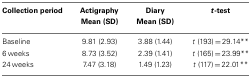
<table><thead><tr><td><b>Collection period</b></td><td><b>Actigraphy</b></td><td><b>Diary</b></td><td><b><i>t</i>-test</b></td></tr><tr><td></td><td><b>Mean (SD)</b></td><td><b>Mean (SD)</b></td><td></td></tr></thead><tbody><tr><td>Baseline</td><td>9.81 (2.93)</td><td>3.88 (1.44)</td><td><i>t</i> (193) = 29.14**</td></tr><tr><td>6 weeks</td><td>8.73 (3.52)</td><td>2.39 (1.41)</td><td><i>t</i> (165) = 23.99**</td></tr><tr><td>24 weeks</td><td>7.47 (3.18)</td><td>1.49 (1.23)</td><td><i>t</i> (117) = 22.01**</td></tr></tbody></table>